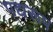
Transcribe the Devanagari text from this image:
पद्यरूप